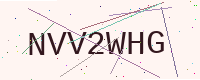
Text: NVV2WHG